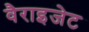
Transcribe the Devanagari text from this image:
वैराइजेट